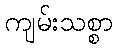
ကျမ်းသစ္စာ